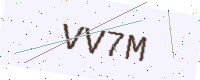
Text: VV7M